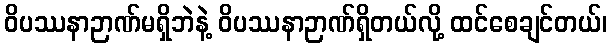
ဝိပဿနာဉာဏ်မရှိဘဲနဲ့ ဝိပဿနာဉာဏ်ရှိတယ်လို့ ထင်စေချင်တယ်၊